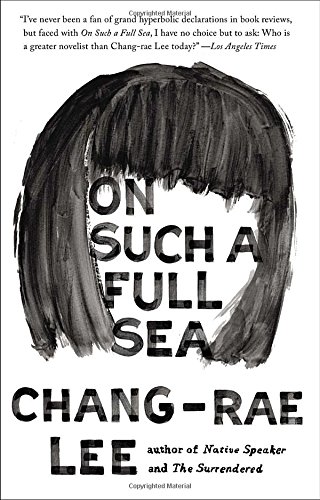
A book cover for On Such a Full Sea: A Novel; Chang-rae Lee; Science Fiction & Fantasy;